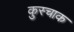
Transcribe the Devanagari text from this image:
कुस्चाक